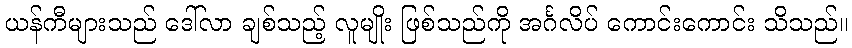
ယန်ကီများသည် ဒေါ်လာ ချစ်သည့် လူမျိုး ဖြစ်သည်ကို အင်္ဂလိပ် ကောင်းကောင်း သိသည်။